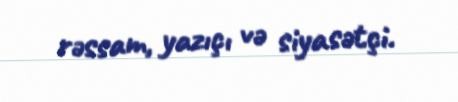
rəssam, yazıçı və siyasətçi.